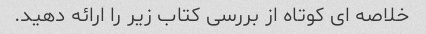
خلاصه ای کوتاه از بررسی کتاب زیر را ارائه دهید.